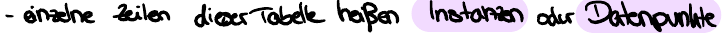
- einzelne Zeilen dieser Tabelle heißen Instanzen oder Datenpunkte